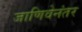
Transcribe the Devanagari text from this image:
जाणिवेनंतर